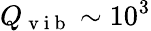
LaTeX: Q_{\mathrm{~v~i~b~}}\sim 10^{3}